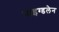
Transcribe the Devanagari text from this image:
माइग्डलेन